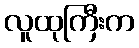
လူထုကြီးက